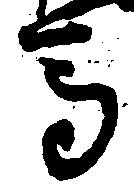
馬